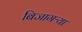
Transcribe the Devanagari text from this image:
बिजागऱ्या